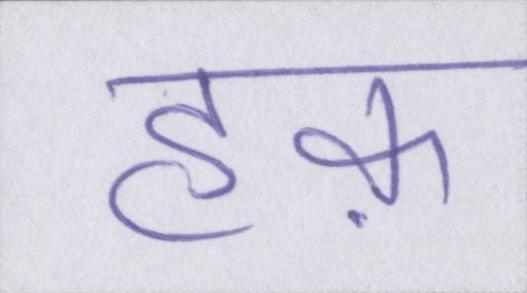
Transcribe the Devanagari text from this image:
हक़